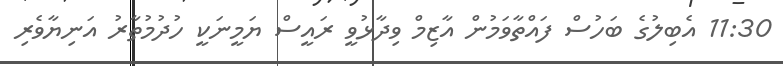
11:30 އެބިލުގެ ބަހުސް ފައްތާވަމުން އާޒިމް ވިދާޅުވީ ރައީސް ޔަމީނަކީ ހުދުމުތާރު އަނިޔާވެރި